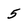
Character: 5